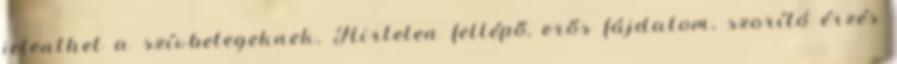
jelenthet a szívbetegeknek. Hirtelen fellépő, erős fájdalom, szorító érzés